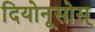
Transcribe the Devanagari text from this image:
दियोनूसोस्